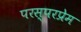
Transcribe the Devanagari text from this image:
परस्परप्रेम